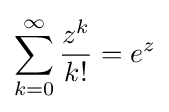
\sum _{k=0}^{\infty }{\frac {z^{k}}{k!}}=e^{z}